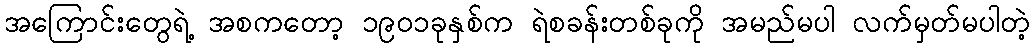
အကြောင်းတွေရဲ့ အစကတော့ ၁၉၀၁ခုနှစ်က ရဲစခန်းတစ်ခုကို အမည်မပါ လက်မှတ်မပါတဲ့